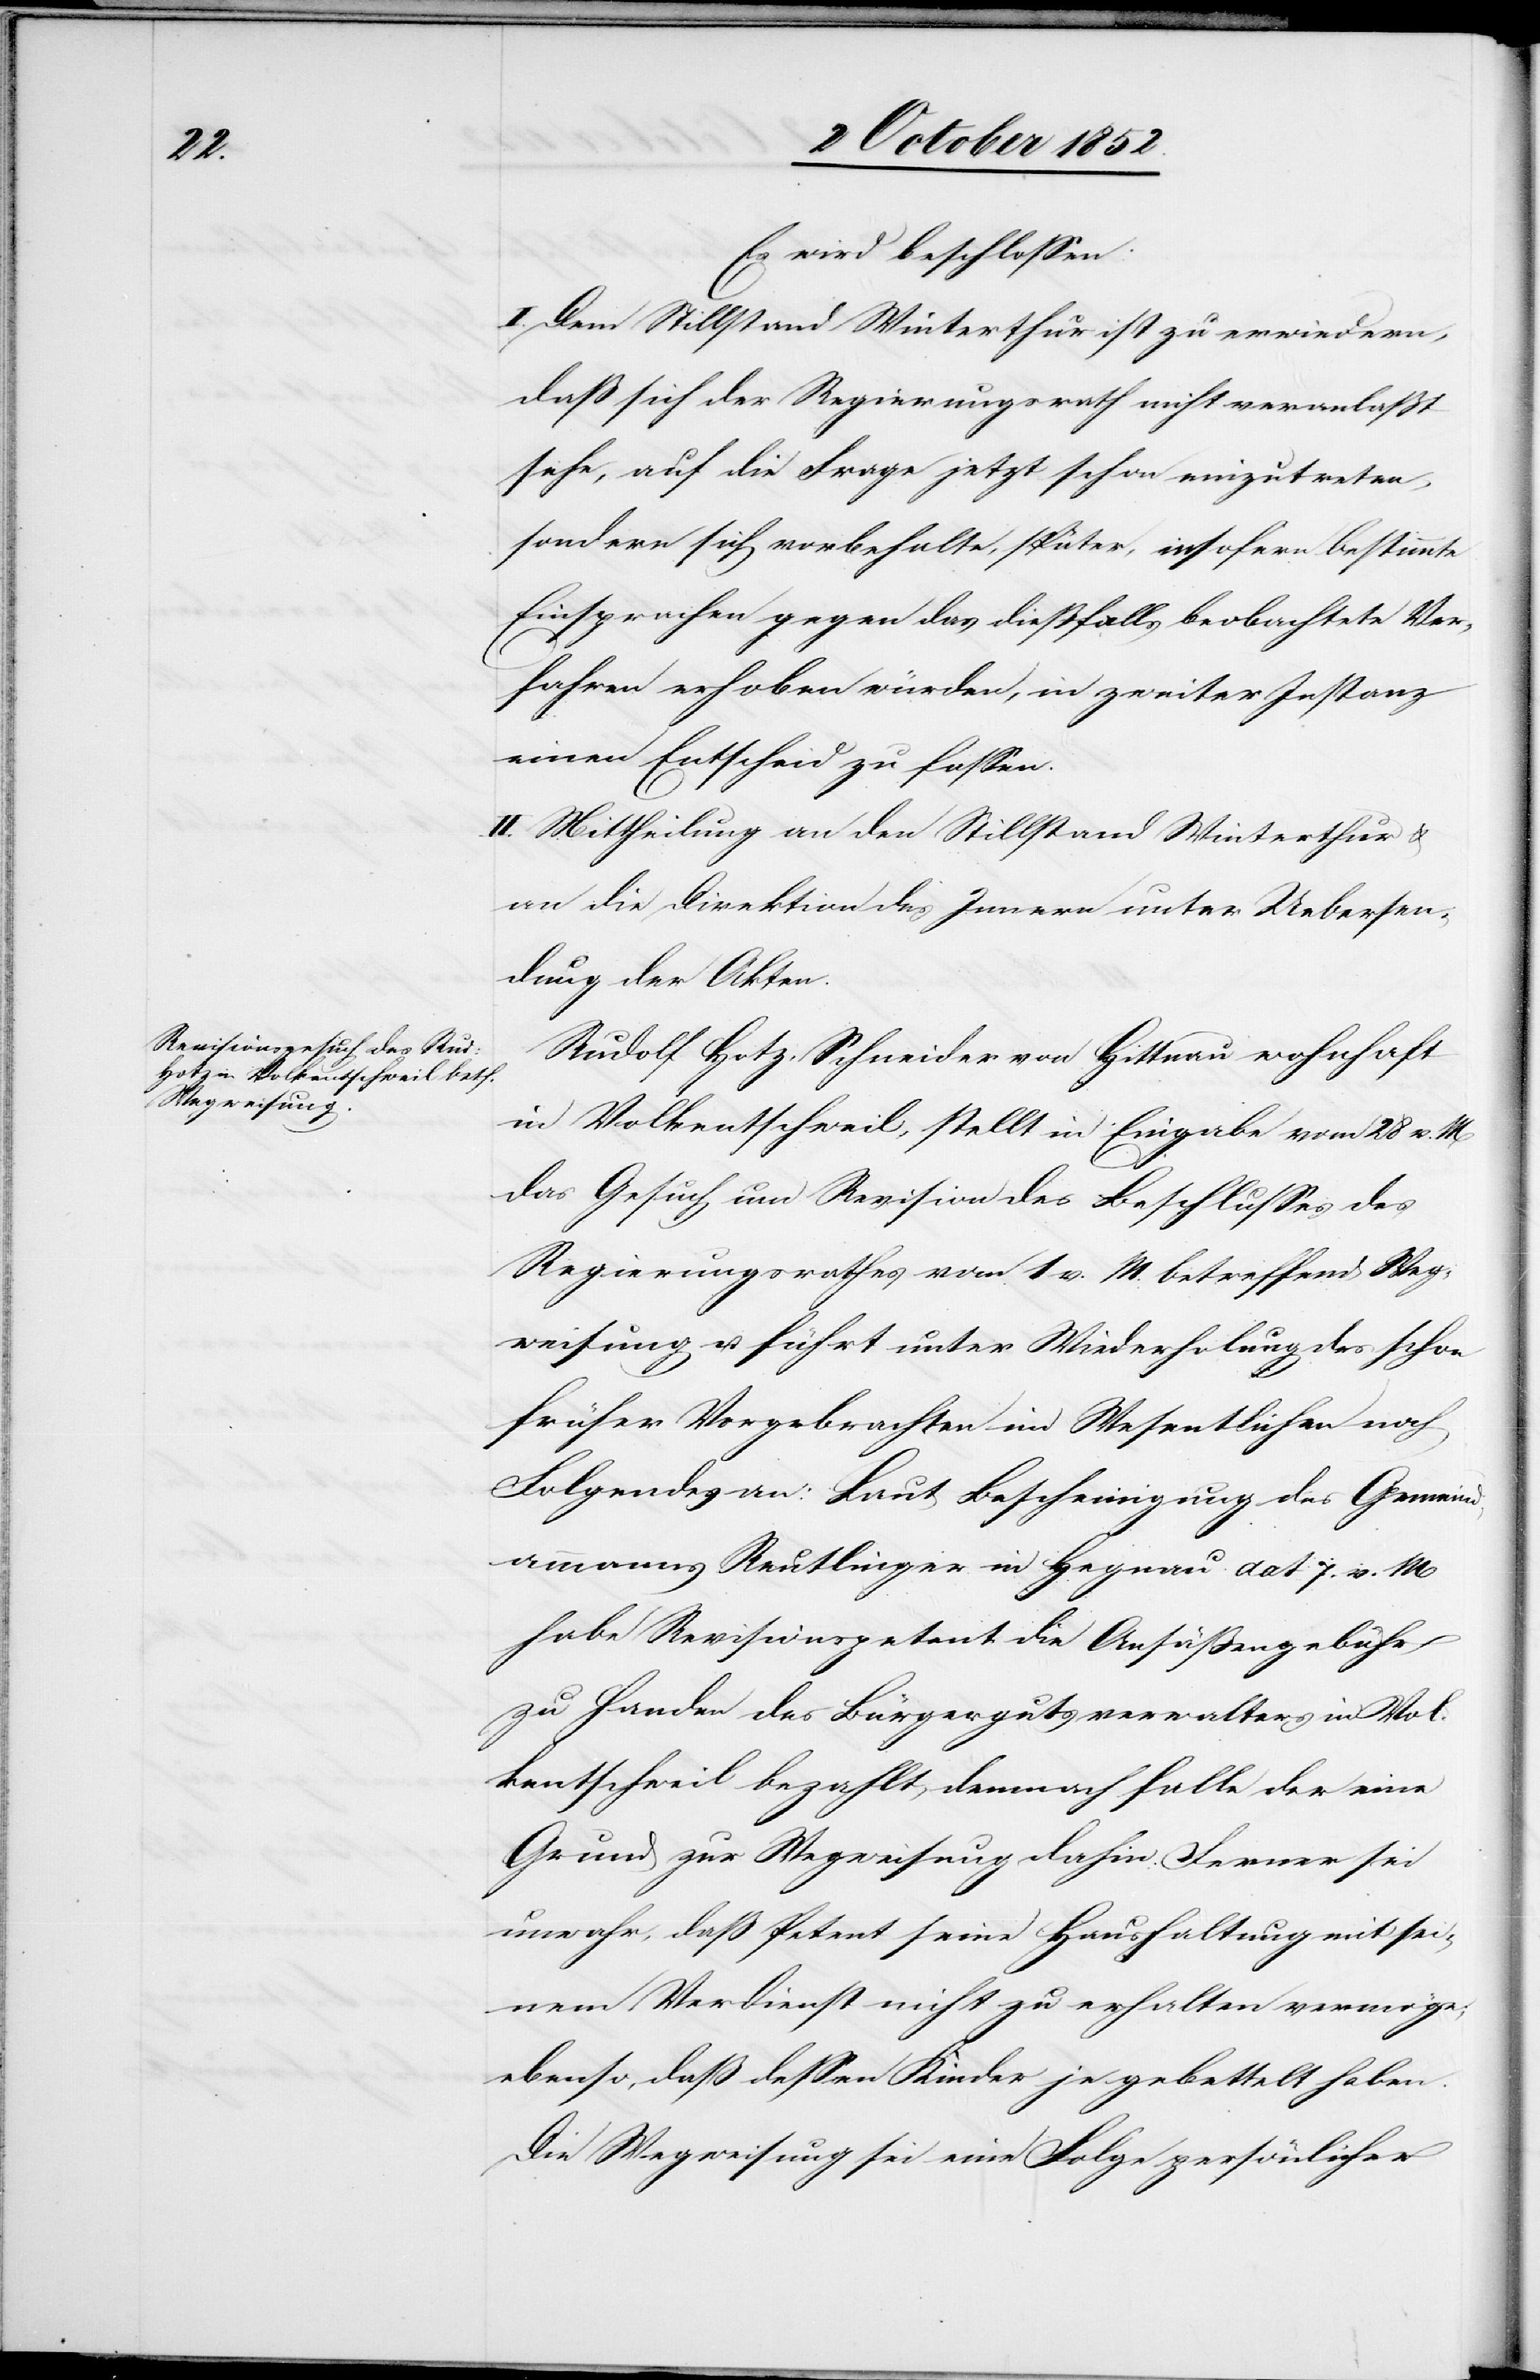
Es wird beschlossen:
I. Dem Stillstand Winterthur ist zu erwiedern,
daß sich der Regierungsrath nicht veranlaßt
sehe, auf die Frage jetzt schon einzutreten,
sondern sich vorbehalte, später, insofern bestimmte
Einsprachen gegen das dießfalls beobachtete Ver¬
fahren erhoben würden, in zweiter Instanz
einen Entscheid zu fassen.
II. Mittheilung an den Stillstand Winterthur &
an die Direktion des Innern unter Uebersen¬
dung der Akten.
Rudolf Hotz, Schneider von Hittnau wohnhaft
in Volkentschweil, stellt in Eingabe vom 28 v. M
das Gesuch um Revision des Beschlusses des
Regierungsrathes vom 1 v. M. betreffend Weg¬
weisung u. führt unter Wiederholung des schon
früher Vorgebrachten im Wesentlichen noch
Folgendes an: Laut Bescheinigung des Gemeind¬
ammanns Reutlinger in Hegnau dat 7. v. M
habe Revisionspetent die Ansäßengebühr
zu Handen des Bürgergutsverwalters in Vol¬
kentschweil bezahlt, demnach falle der eine
Grund zur Wegweisung dahin. Ferner sei
unwahr, daß Petent seine Haushaltung mit sei¬
nem Verdienst nicht zu erhalten vermöge;
ebenso, daß dessen Kinder je gebettelt haben.
Die Wegweisung sei eine Folge persönlicher